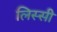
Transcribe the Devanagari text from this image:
लिस्सी